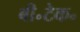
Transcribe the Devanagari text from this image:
बी॰टेक॰